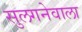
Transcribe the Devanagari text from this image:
सुलगनेवाला